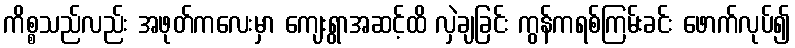
ကိစ္စသည်လည်း အဖုတ်ကလေးမှာ ကျေးရွာအဆင့်ထိ လှဲချခြင်း ကွန်ကရစ်ကြမ်းခင်း ဖောက်လုပ်၍